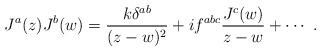
LaTeX: \begin{align*}J^a(z)J^b(w)=\frac{k\delta^{ab}}{(z-w)^2}+if^{abc}\frac{J^c(w)}{z-w} +\cdots~.\end{align*}